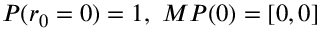
P ( r _ { 0 } = 0 ) = 1 , \ M P ( 0 ) = [ 0 , 0 ]